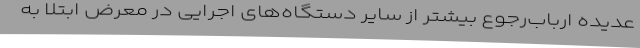
عدیده ارباب‌رجوع بیشتر از سایر دستگاه‌های اجرایی در معرض ابتلا به